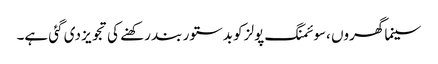
سینما گھروں ،سوئمنگ پولز کو بدستور بند رکھنے کی تجویز دی گئی ہے۔